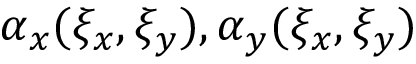
\alpha _ { x } ( \xi _ { x } , \xi _ { y } ) , \alpha _ { y } ( \xi _ { x } , \xi _ { y } )